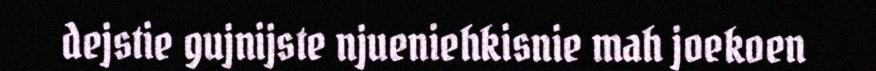
dejstie gujnijste njueniehkisnie mah joekoen